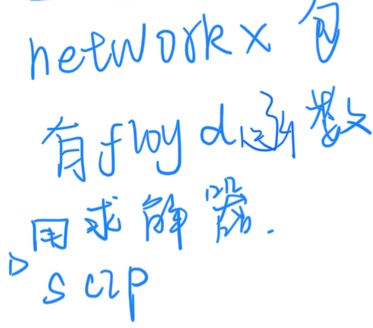
networkx 包有 floyd 算法用求解器.SCIP